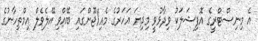
އެ މިނިސްޓްރީގެ އޮފިޝަލަކު ވިދާޅުވީ މިދިޔަ އަހަރުގެ މެއި/ޖޫންގައި ބޭއްވި އޭލެވެލް އިމްތިހާނުގެ